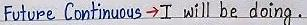
Future Continuous -> I will be doing .